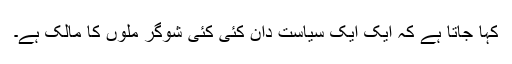
کہا جاتا ہے کہ ایک ایک سیاست دان کئی کئی شوگر ملوں کا مالک ہے۔